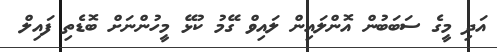
އަދި މީގެ ސަބަބުން އޮންލައިން ލައިވް ގޭމު ކުޅޭ މީހުންނަށް ބޮޑެތި ފައިލް